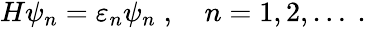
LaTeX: \begin{array}{r}{H\psi_{n}=\varepsilon_{n}\psi_{n}\; ,\quad n=1,2,\ldots\ .}\end{array}